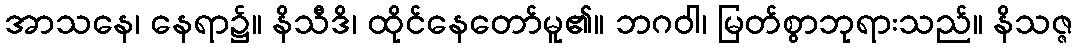
အာသနေ၊ နေရာ၌။ နိသီဒိ၊ ထိုင်နေတော်မူ၏။ ဘဂဝါ၊ မြတ်စွာဘုရားသည်။ နိသဇ္ဇ